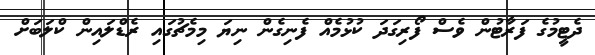
ދެޓީމުގެ ފަރާޓުން ވެސް ފޯރިގަދަ ކުޅުމެއް ފެނިގެން ނިޔަ މިމެޗުގައި ރެޑްލައިން ކްލަބަށް